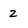
Character: 2